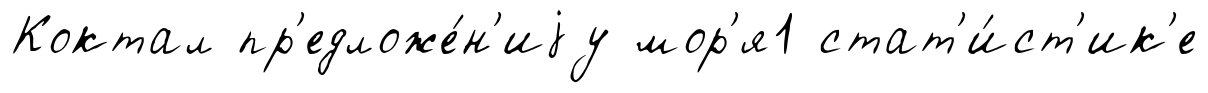
Коктал пр'едложе́н'иjу мор'я1 стат'и́ст'ик'е